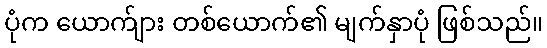
ပုံက ယောက်ျား တစ်ယောက်၏ မျက်နှာပုံ ဖြစ်သည်။